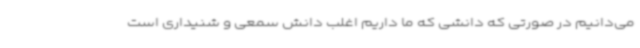
می‌دانیم در صورتی که دانشی که ما داریم اغلب دانش سمعی و شنیداری است